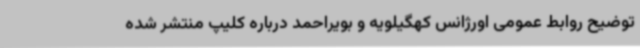
توضیح روابط عمومی اورژانس کهگیلویه و بویراحمد درباره کلیپ منتشر شده